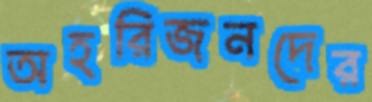
অহরিজনদের